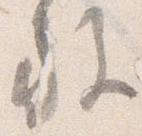
施